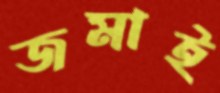
জমাই